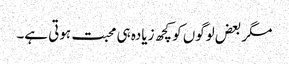
مگر بعض لوگوں کو کچھ زیادہ ہی محبت ہوتی ہے۔